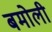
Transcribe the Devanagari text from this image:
बमोली